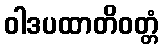
ဝါဒပထာတိဝတ္တံ